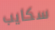
سكايب